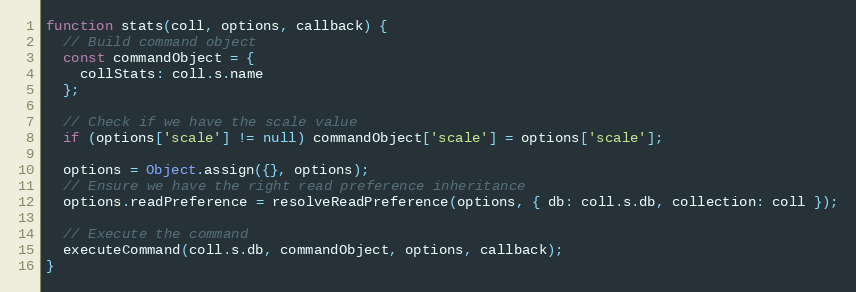
Language: JavaScript
function stats(coll, options, callback) {
  // Build command object
  const commandObject = {
    collStats: coll.s.name
  };

  // Check if we have the scale value
  if (options['scale'] != null) commandObject['scale'] = options['scale'];

  options = Object.assign({}, options);
  // Ensure we have the right read preference inheritance
  options.readPreference = resolveReadPreference(options, { db: coll.s.db, collection: coll });

  // Execute the command
  executeCommand(coll.s.db, commandObject, options, callback);
}